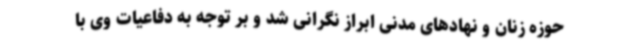
حوزه زنان و نهادهای مدنی ابراز نگرانی شد و بر توجه به دفاعیات وی با